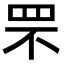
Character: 罘